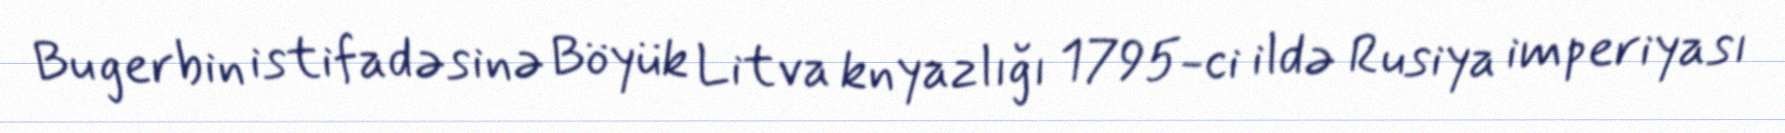
Bu gerbin istifadəsinə Böyük Litva knyazlığı 1795-ci ildə Rusiya imperiyası